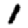
Digit: 1